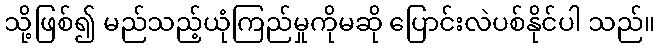
သို့ဖြစ်၍ မည်သည့်ယုံကြည်မှုကိုမဆို ပြောင်းလဲပစ်နိုင်ပါ သည်။